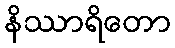
နိဿာရိတော